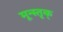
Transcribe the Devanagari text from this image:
मून्स्तृक्